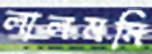
লালমনি